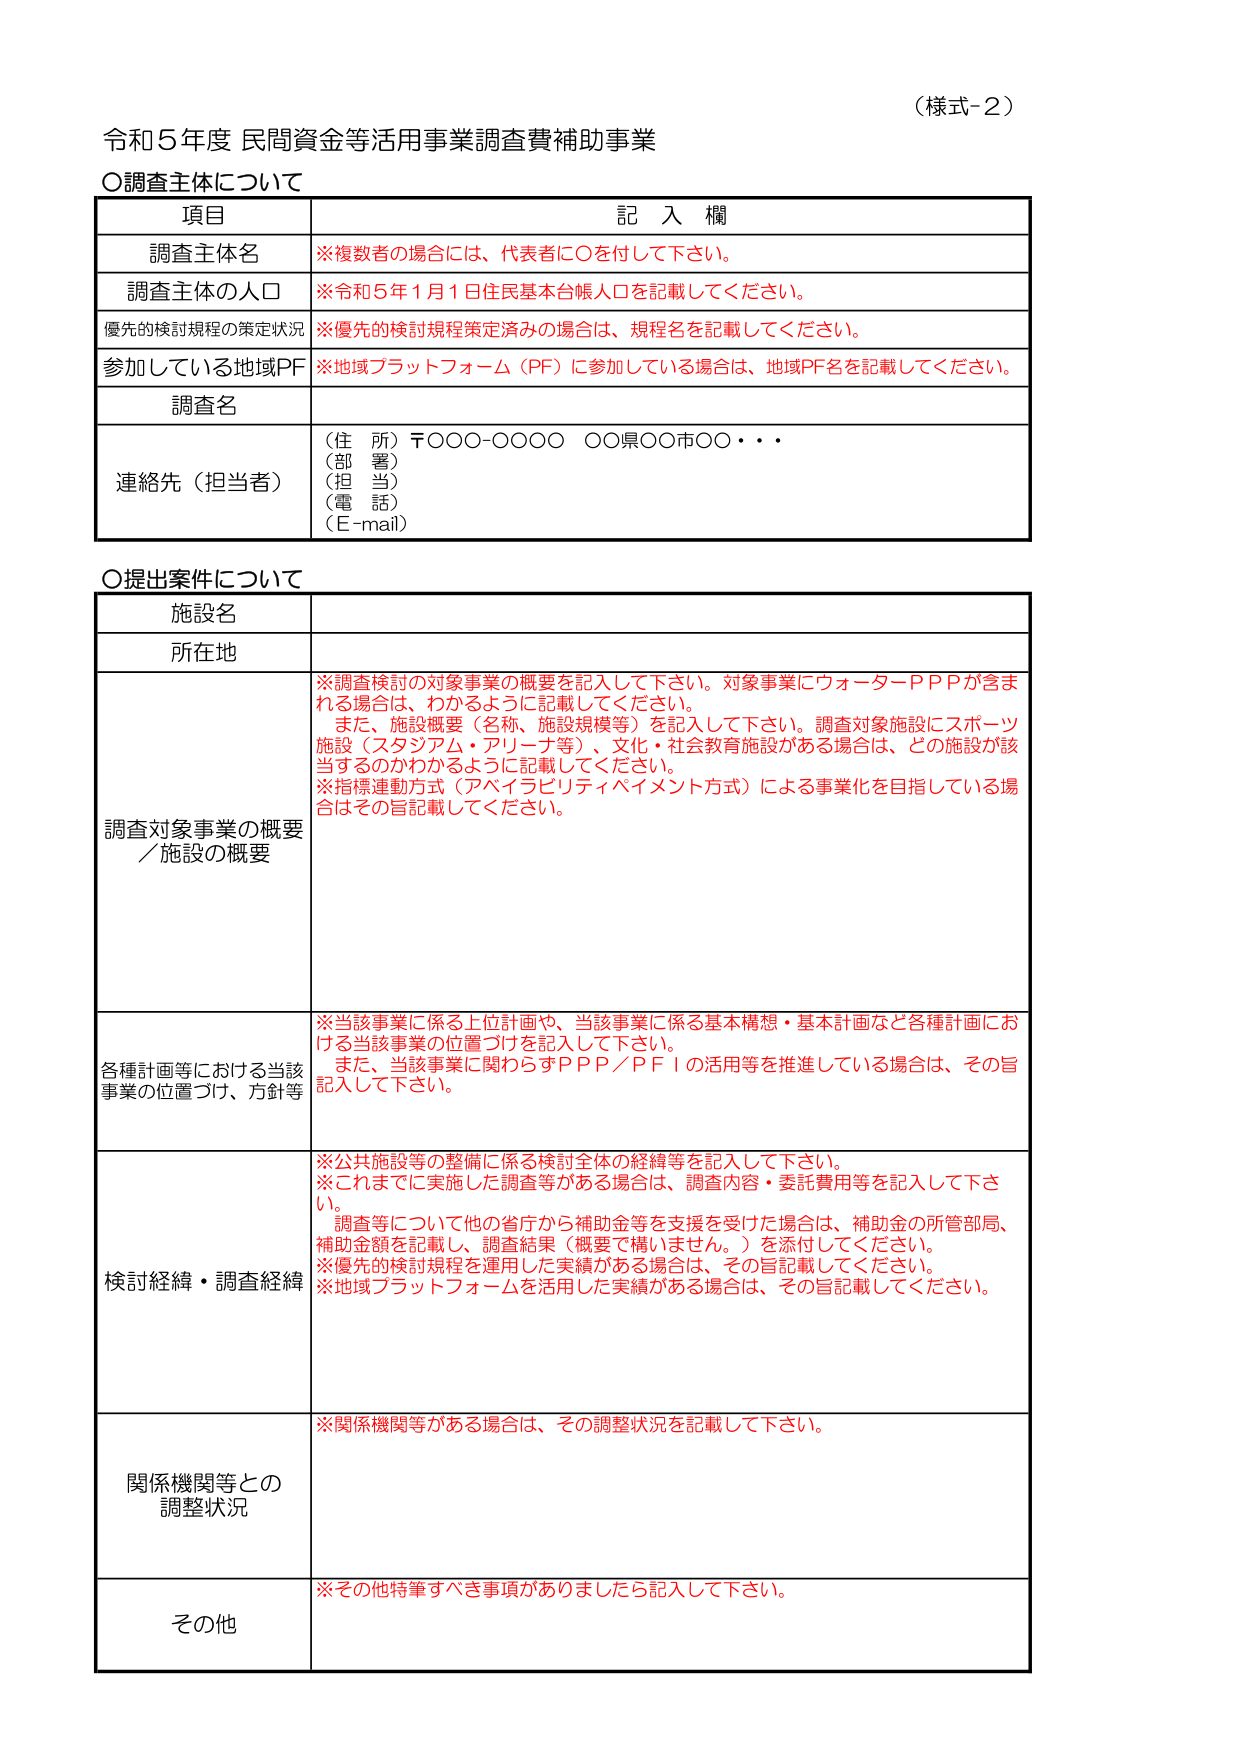
（様式-2）

令和5年度 民間資金等活用事業調査費補助事業

〇調査主体について

項目　　　　　　　　　　　　　　　　　　　　　　　　　記 入 欄

調査主体名　　　　　　　　　　　　　　　　　　　※複数者の場合には、代表者に○を付して下さい。

調査主体の人口　　　　　　　　　　　　　　　　※令和5年1月1日住民基本台帳人口を記載してください。

優先的検討規程の策定状況　　　　　　　　　　※優先的検討規程策定済みの場合は、規程名を記載してください。

参加している地域PF　　　　　　　　　　　　　　※地域プラットフォーム（PF）に参加している場合は、地域PF名を記載してください。

調査名

連絡先（担当者）　　　　　　　　　　　　　　（住所）〒○○○-○○○○ ○○県○○市○○・・・
　　　　　　　　　　　　　　　　　　　　　　（部署）
　　　　　　　　　　　　　　　　　　　　　　（担当）
　　　　　　　　　　　　　　　　　　　　　　（電話）
　　　　　　　　　　　　　　　　　　　　　　（E-mail）

〇提出案件について

施設名

所在地

調査対象事業の概要／施設の概要　　　　　　※調査検討の対象事業の概要を記入して下さい。対象事業にウォーターパートナーシップが含まれる場合は、わかるように記載してください。
　　　　　　　　　　　　　　　　　　　　　　また、施設概要（名称、施設規模等）を記入して下さい。調査対象施設にスポーツ施設（スタジアム・アリーナ等）、文化・社会教育施設がある場合は、どの施設が該当するのかわかるように記載してください。
　　　　　　　　　　　　　　　　　　　　　　※指標連動方式（アベイラビリティペイメント方式）による事業化を目指している場合はその旨記載してください。

各種計画等における当該事業の位置づけ、方針等　　※当該事業に係る上位計画や、当該事業に係る基本構想・基本計画など各種計画における当該事業の位置づけを記入して下さい。
　　　　　　　　　　　　　　　　　　　　　　また、当該事業に関わらずPPP／PFIの活用等を推進している場合は、その旨記入して下さい。

検討経緯・調査経緯　　　　　　　　　　　　※公共施設等の整備に係る検討全体の経緯等を記入して下さい。
　　　　　　　　　　　　　　　　　　　　　　※これまでに実施した調査等がある場合は、調査内容・委託費用等を記入して下さい。
　　　　　　　　　　　　　　　　　　　　　　調査等について他の省庁から補助金等を支援を受けた場合は、補助金の所管部局、補助金額を記載し、調査結果（概要で構いません。）を添付してください。
　　　　　　　　　　　　　　　　　　　　　　※優先的検討規程を運用した実績がある場合は、その旨記載してください。
　　　　　　　　　　　　　　　　　　　　　　※地域プラットフォームを活用した実績がある場合は、その旨記載してください。

関係機関等との調整状況　　　　　　　　　　　　※関係機関等がある場合は、その調整状況を記載して下さい。

その他　　　　　　　　　　　　　　　　　　　　※その他特筆すべき事項がありましたら記入して下さい。